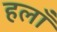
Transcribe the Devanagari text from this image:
हलाँ